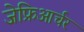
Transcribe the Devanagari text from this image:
जेफ्रिआर्चर